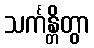
သင်္ကန္တိတွာ